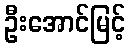
ဦးအောင်မြင့်